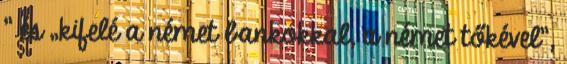
” és „kifelé a német bankokkal, a német tőkével”,